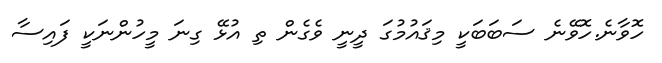
ހޮވާނެ.ހޮވޭނެ ސަބަބަކީ މިޤައުމުގަ ދީނީ ވެގެން ތި އުޅޭ ގިނަ މީހުންނަކީ ފައިސާ